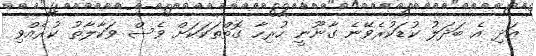
އަދި އެ ބަދަލު ކުޑަކުރެވޭނެ ގާނޫނީ ހުރިހާ ގޮތްތަކަކަށް ވެސް ވަކާލާތު ކުރެއްވި